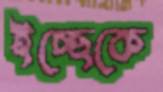
ইচ্ছেকে